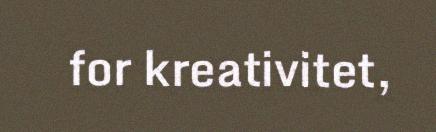
for kreativitet,